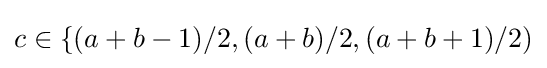
c\in \{(a+b-1)/2,(a+b)/2,(a+b+1)/2)